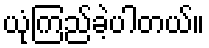
ယုံကြည်ခဲ့ပါတယ်။